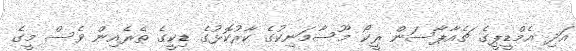
އަދި އެމްޑީޕީގެ ޗެއާޕާސަން ރީކޯ މޫސާމަނިކުގެ ކާރުކޮޅުގެ ޑިކީގެ ތެރެއިން ވެސް މީގެ